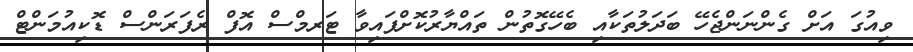
ވިއުގަ އަށް ގެންނަންޖެހޭ ބަދަލުތަކާއި ބެހޭގޮތުން ތައްޔާރުކޮށްފައިވާ ޓަރމްސް އޮފް ރެފަރަންސް ޑޮކިއުމަންޓް